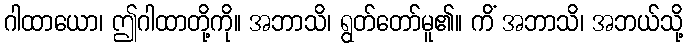
ဂါထာယော၊ ဤဂါထာတို့ကို။ အဘာသိ၊ ရွတ်တော်မူ၏။ ကိံ အဘာသိ၊ အဘယ်သို့